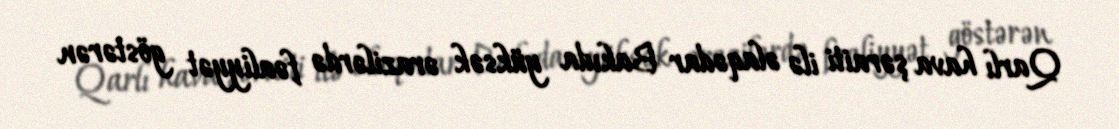
Qarlı hava şəraiti ilə əlaqədar Bakıda yüksək ərazilərdə fəaliyyət göstərən